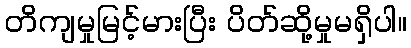
တိကျမှုမြင့်မားပြီး ပိတ်ဆို့မှုမရှိပါ။